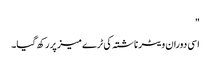
"
اسی دوران ویٹر ناشتہ کی ٹرے میز پر رکھ گیا۔